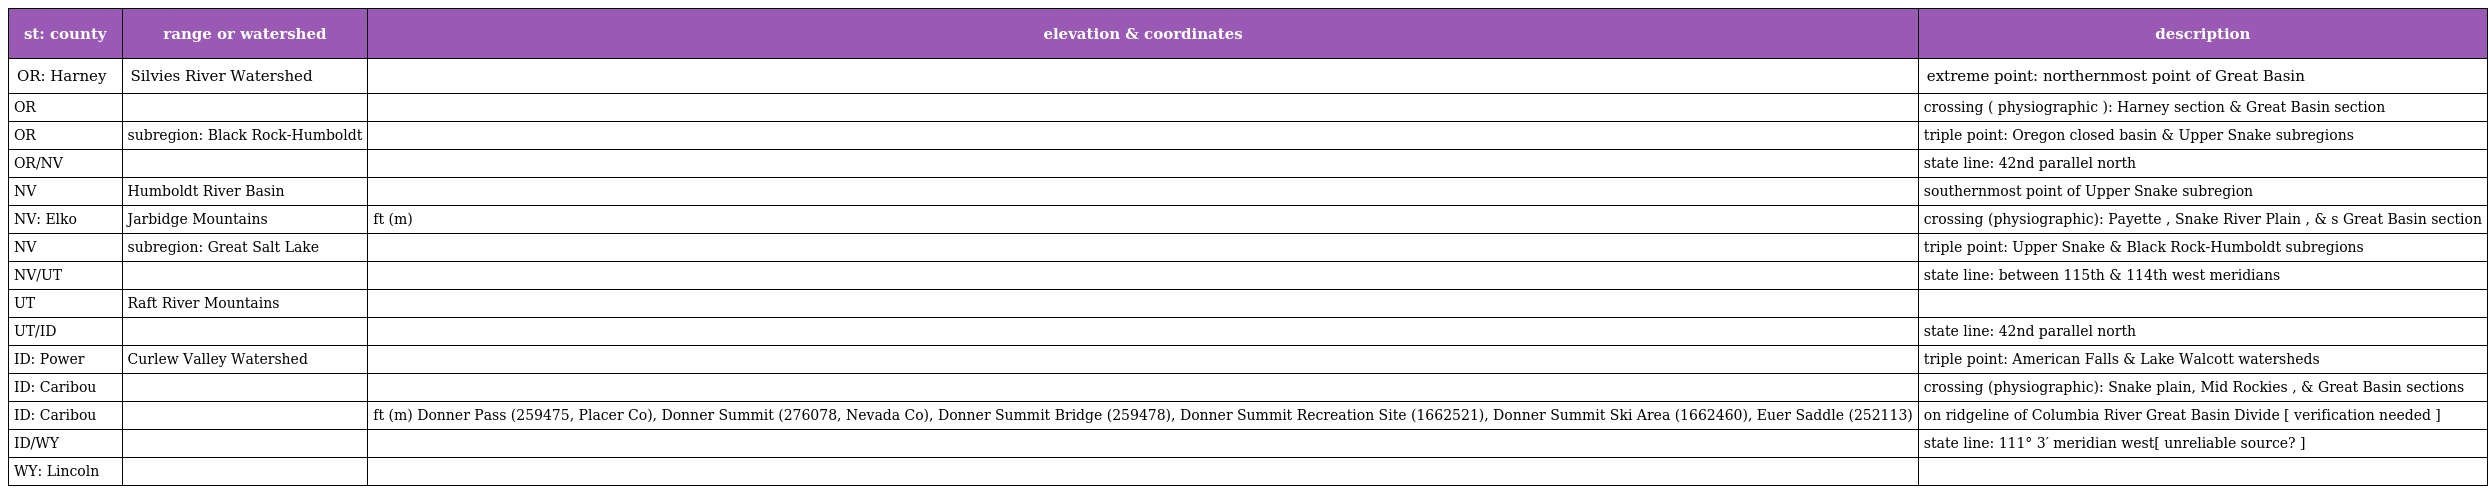
| st: county | range or watershed | elevation & coordinates | description |
 | --- | --- | --- | --- |
 | OR: Harney | Silvies River Watershed |  | extreme point: northernmost point of Great Basin |
 | OR |  |  | crossing ( physiographic ): Harney section & Great Basin section |
 | OR | subregion: Black Rock-Humboldt |  | triple point: Oregon closed basin & Upper Snake subregions |
 | OR/NV |  |  | state line: 42nd parallel north |
 | NV | Humboldt River Basin |  | southernmost point of Upper Snake subregion |
 | NV: Elko | Jarbidge Mountains | ft (m) | crossing (physiographic): Payette , Snake River Plain , & s Great Basin section |
 | NV | subregion: Great Salt Lake |  | triple point: Upper Snake & Black Rock-Humboldt subregions |
 | NV/UT |  |  | state line: between 115th & 114th west meridians |
 | UT | Raft River Mountains |  |  |
 | UT/ID |  |  | state line: 42nd parallel north |
 | ID: Power | Curlew Valley Watershed |  | triple point: American Falls & Lake Walcott watersheds |
 | ID: Caribou |  |  | crossing (physiographic): Snake plain, Mid Rockies , & Great Basin sections |
 | ID: Caribou |  | ft (m) Donner Pass (259475, Placer Co), Donner Summit (276078, Nevada Co), Donner Summit Bridge (259478), Donner Summit Recreation Site (1662521), Donner Summit Ski Area (1662460), Euer Saddle (252113) | on ridgeline of Columbia River Great Basin Divide [ verification needed ] |
 | ID/WY |  |  | state line: 111° 3′ meridian west[ unreliable source? ] |
 | WY: Lincoln |  |  |  |